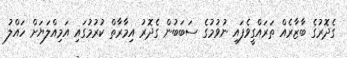
ގެދޮރުގެ ބާޒާރެއް ތަރައްގީވެފައި ނުވުމުގެ ސަބަބުން ގެދޮރު އިމާރާތް ކުރުމުގައި އަމިއްލަޔަށް ހައްލު